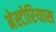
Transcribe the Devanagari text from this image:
नेस्टोरियास